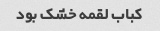
کباب لقمه خشک بود